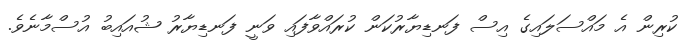
ކުރިން އެ މައްސަލައިގެ އިސް ފަނޑިޔާރުކަން ކުރައްވާފައި ވަނީ ފަނޑިޔާރު ޝުއައިބު އުސްމާނެވެ.